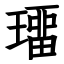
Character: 璢